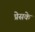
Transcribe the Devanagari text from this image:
प्रेसके